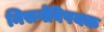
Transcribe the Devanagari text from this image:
निसर्गविषयक